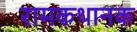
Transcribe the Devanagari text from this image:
रामकथानक